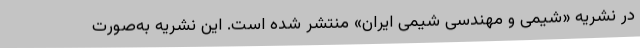
در نشریه «شیمی و مهندسی شیمی ایران» منتشر شده است. این نشریه به‌صورت